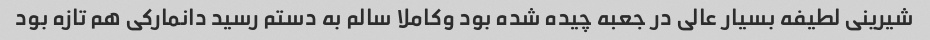
شیرینی لطیفه بسیار عالی در جعبه چیده شده بود وکاملا سالم به دستم رسید دانمارکی هم تازه بود